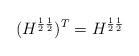
\begin{align*}(H^{\frac{1}{2}\frac{1}{2}})^T=H^{\frac{1}{2}\frac{1}{2}}\end{align*}